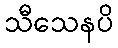
သီသေနပိ